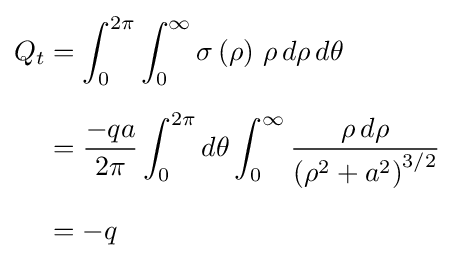
{\begin{aligned}Q_{t}&=\int _{0}^{2\pi }\int _{0}^{\infty }\sigma \left(\rho \right)\,\rho \,d\rho \,d\theta \\[6pt]&={\frac {-qa}{2\pi }}\int _{0}^{2\pi }d\theta \int _{0}^{\infty }{\frac {\rho \,d\rho }{\left(\rho ^{2}+a^{2}\right)^{3/2}}}\\[6pt]&=-q\end{aligned}}